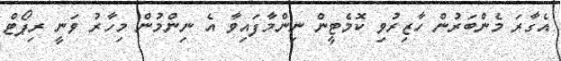
އެގާރަ މެންބަރުން ހާޒިރުވި ކޮމެޓީން ނިންްމާފައިވާ އެ ނިންމުން މިހާރު ވަނީ ރިޕޯޓް